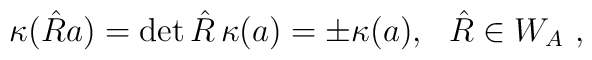
\kappa (\hat{R}a)=\det{\hat{R}}\,\kappa(a) = \pm \kappa (a) ,\ \ \hat{R}\in W_A\ ,